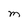
Character: M